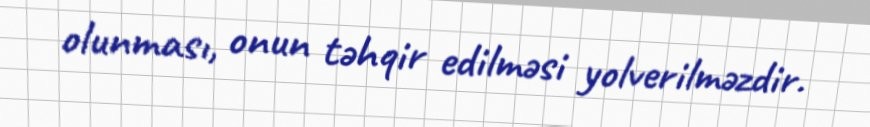
olunması, onun təhqir edilməsi yolverilməzdir.